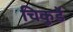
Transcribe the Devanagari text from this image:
चिकुर्डे